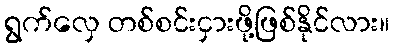
ရွက်လှေ တစ်စင်းငှားဖို့ဖြစ်နိုင်လား။